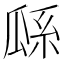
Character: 𤫺